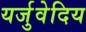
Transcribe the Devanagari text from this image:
यर्जुवेदिय